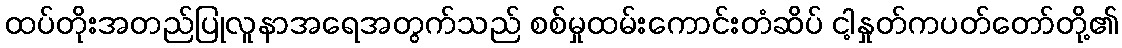
ထပ်တိုးအတည်ပြုလူနာအရေအတွက်သည် စစ်မှုထမ်းကောင်းတံဆိပ် ငါ့နှုတ်ကပတ်တော်တို့၏